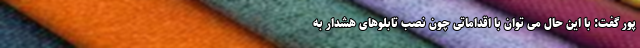
پور گفت: با این حال می توان با اقداماتی چون نصب تابلوهای هشدار به